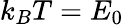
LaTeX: k_{B}T=E_{0}